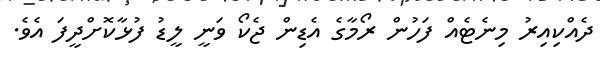
ދެއްކިއިރު މިނެޓެއް ފަހުން ރޯމާގެ އެޑިން ޖެކޯ ވަނީ ލީޑު ފުޅާކޮށްދީފަ އެވެ.